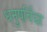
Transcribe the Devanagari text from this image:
धनुषर्विद्या